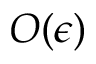
O ( \epsilon )